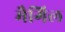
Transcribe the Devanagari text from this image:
मैगिल